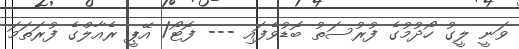
ވަނީ ލީގު ހޯދުމުގެ ފުރުސަތު ބޮޑުވެފައި --- ފޮޓޯ/ އޭޕީ ރެއާލްގެ ފުރަތަމަ